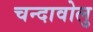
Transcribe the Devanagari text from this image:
चन्दावोलु